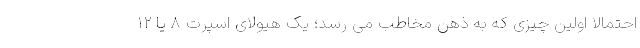
احتمالا اولین چیزی که به ذهن مخاطب می رسد؛ یک هیولای اسپرت 8 یا 12